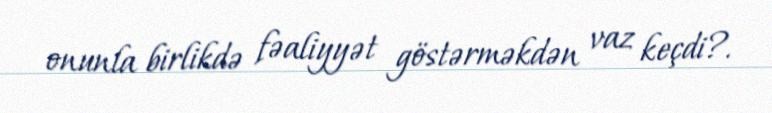
onunla birlikdə fəaliyyət göstərməkdən vaz keçdi?.